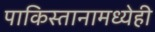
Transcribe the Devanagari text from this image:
पाकिस्तानामध्येही